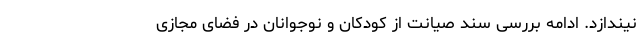
نیندازد. ادامه بررسی سند صیانت از کودکان و نوجوانان در فضای مجازی